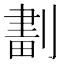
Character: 𠞷